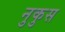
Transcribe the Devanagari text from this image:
नुकुस